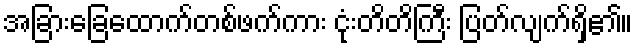
အခြားခြေထောက်တစ်ဖက်ကား ငုံးတိတိကြီး ပြတ်လျက်ရှိ၏။